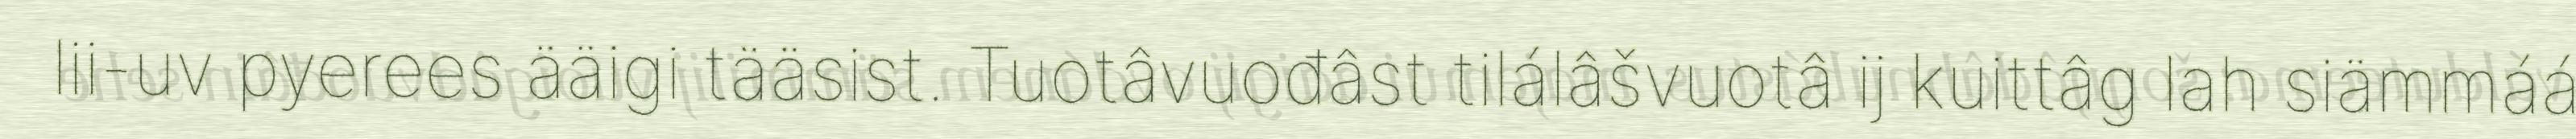
lii-uv pyerees ääigi tääsist. Tuotâvuođâst tilálâšvuotâ ij kuittâg lah siämmáá